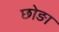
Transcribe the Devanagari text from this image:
छोङा